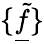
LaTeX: \{ \underline{{\tilde{f}}}\}